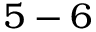
5 - 6